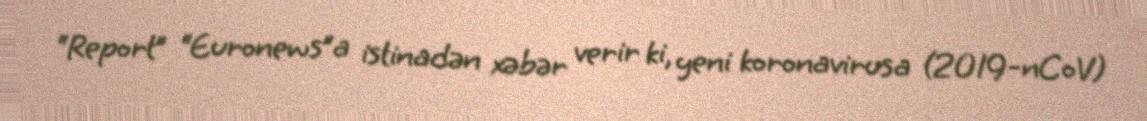
“Report” “Euronews”a istinadən xəbər verir ki, yeni koronavirusa (2019-nCoV)